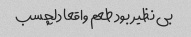
بی نظیر بود طعم واقعا دلچسب